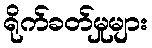
ရိုက်ခတ်မှုများ